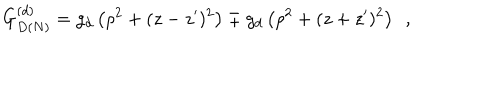
G _ { D ( N ) } ^ { ( d ) } = g _ { d } \left( \rho ^ { 2 } + ( z - z ^ { \prime } ) ^ { 2 } \right) \mp g _ { d } \left( \rho ^ { 2 } + ( z + z ^ { \prime } ) ^ { 2 } \right) ~ ~ ,